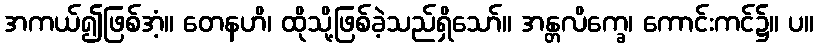
အကယ်၍ဖြစ်အံ့။ တေနဟိ၊ ထိုသို့ဖြစ်ခဲ့သည်ရှိသော်။ အန္တလိက္ခေ၊ ကောင်းကင်၌။ ပ။